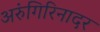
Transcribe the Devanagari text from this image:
अरुंगिरिनादर